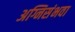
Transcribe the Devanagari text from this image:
अग्निसंभवा